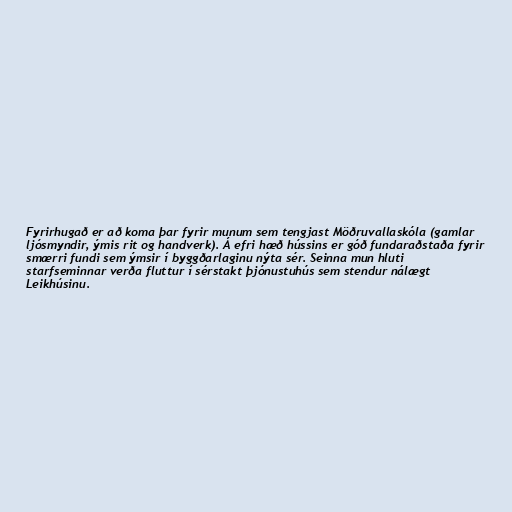
Fyrirhugað er að koma þar fyrir munum sem tengjast Möðruvallaskóla (gamlar
ljósmyndir, ýmis rit og handverk). Á efri hæð hússins er góð fundaraðstaða fyrir
smærri fundi sem ýmsir í byggðarlaginu nýta sér. Seinna mun hluti
starfseminnar verða fluttur í sérstakt þjónustuhús sem stendur nálægt
Leikhúsinu.